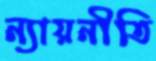
ন্যায়নীতি